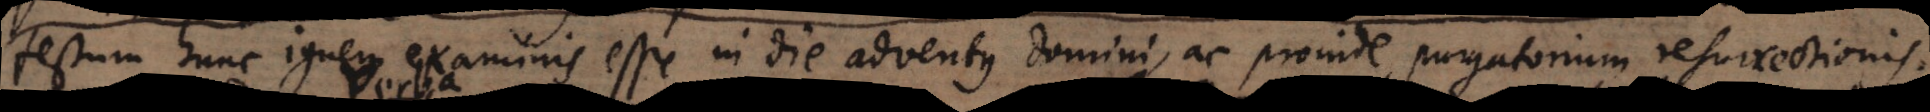
festum hunc ignem examinis esse in die adventus Domini, ac proinde purgatorium resurrectionis.